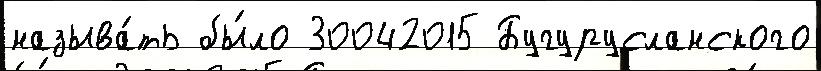
называ́ть бы́ло 30042015 Бугурусланского